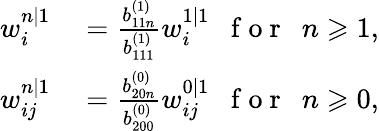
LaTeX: \begin{array}{rl}{w_{i}^{n|1}}&{{}=\frac{b_{11n}^{(1)}}{b_{111}^{(1)}}w_{i}^{1|1}\mathrm{~~~f~o~r~~~}n\geqslant 1,}\\ {w_{ij}^{n|1}}&{{}=\frac{b_{20n}^{(0)}}{b_{200}^{(0)}}w_{ij}^{0|1}\mathrm{~~~f~o~r~~~}n\geqslant 0,}\end{array}